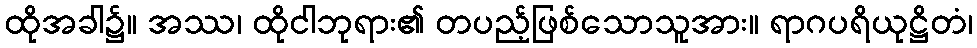
ထိုအခါ၌။ အဿ၊ ထိုငါဘုရား၏ တပည့်ဖြစ်သောသူအား။ ရာဂပရိယုဋ္ဌိတံ၊